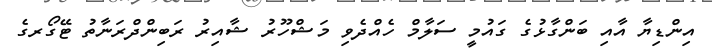
އިންޑިޔާ އާއި ބަންގާޅުގެ ގައުމީ ސަލާމް ހެއްދެވި މަޝްހޫރު ޝާއިރު ރަބިންދްރަނާތު ޓޭގޯރގެ